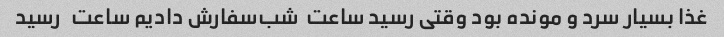
غذا بسیار سرد و مونده بود وقتی رسید ساعت  شب‌سفارش دادیم ساعت   رسید